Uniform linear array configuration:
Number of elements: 8
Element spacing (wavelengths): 1
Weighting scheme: hann
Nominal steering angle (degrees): -30
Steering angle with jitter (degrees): -28.7
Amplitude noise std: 0.05
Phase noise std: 0.05

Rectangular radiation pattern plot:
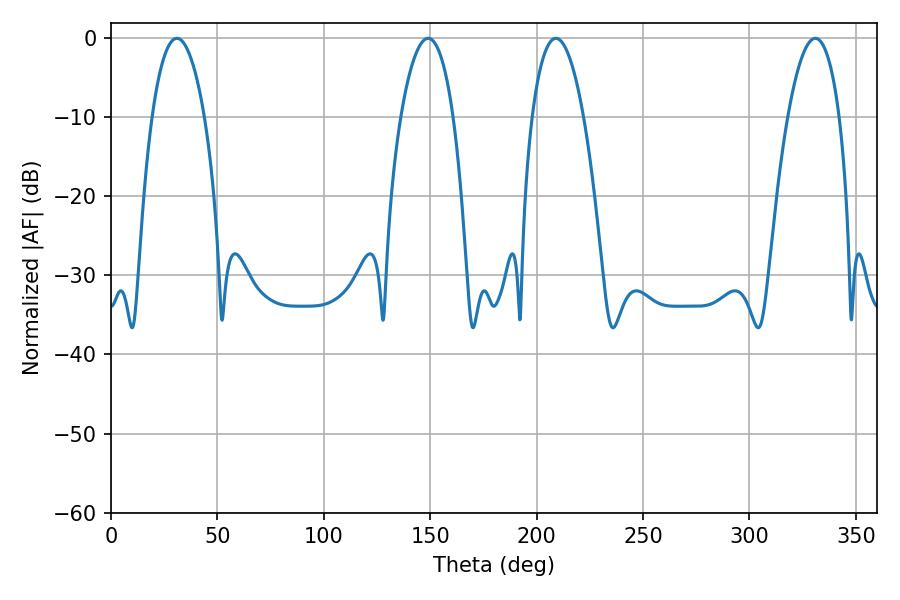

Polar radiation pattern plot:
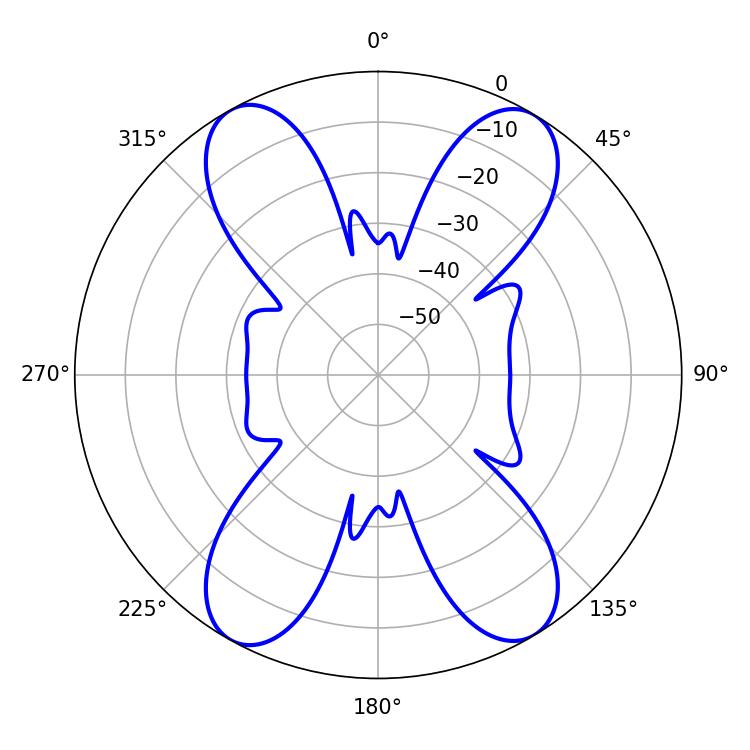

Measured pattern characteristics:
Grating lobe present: TRUE
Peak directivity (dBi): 20.527
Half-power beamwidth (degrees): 13.68
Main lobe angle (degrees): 30.96